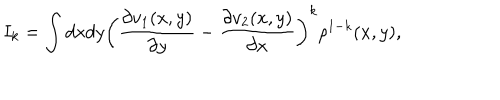
I _ { k } = \int d x d y \left( \frac { \partial v _ { 1 } ( x , y ) } { \partial y } - \frac { \partial v _ { 2 } ( x , y ) } { \partial x } \right) ^ { k } \rho ^ { 1 - k } ( x , y ) ,